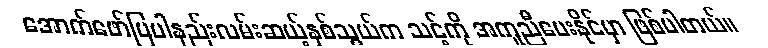
အောက်ဖော်ပြပါနည်းလမ်းဆယ့်နှစ်သွယ်က သင့်ကို အကူညီပေးနိုင်မှာ ဖြစ်ပါတယ်။